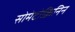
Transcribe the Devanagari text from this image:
सोमेटोक्रिनिन